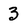
Character: 3